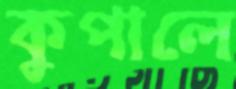
কুপালে